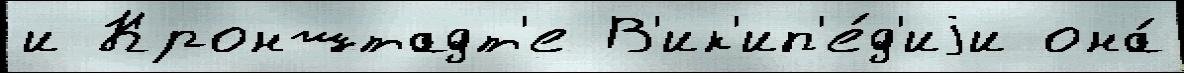
и Кронштадт'е В'ик'ип'е́д'иjи она́